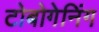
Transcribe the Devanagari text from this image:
टोबोगेनिंग